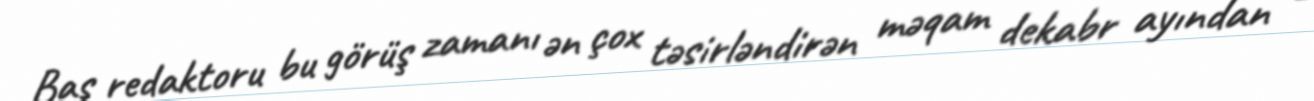
Baş redaktoru bu görüş zamanı ən çox təsirləndirən məqam dekabr ayından -